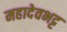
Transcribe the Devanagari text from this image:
महादेवभट्ट